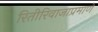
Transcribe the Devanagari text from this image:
रितीरिवाजाप्रमाणे